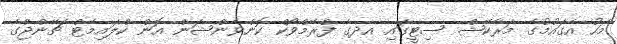
މަހު އެގައުމުގެ މަރާކޭޝް ސިޓީގައި އދގެ ފްރޭމްވޯކް ކޮންވެންޝަން އޮން ކްލައިމެޓް ޗޭންޖްގެ